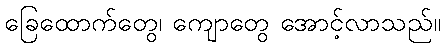
ခြေထောက်တွေ၊ ကျောတွေ အောင့်လာသည်။